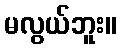
မလွယ်ဘူး။